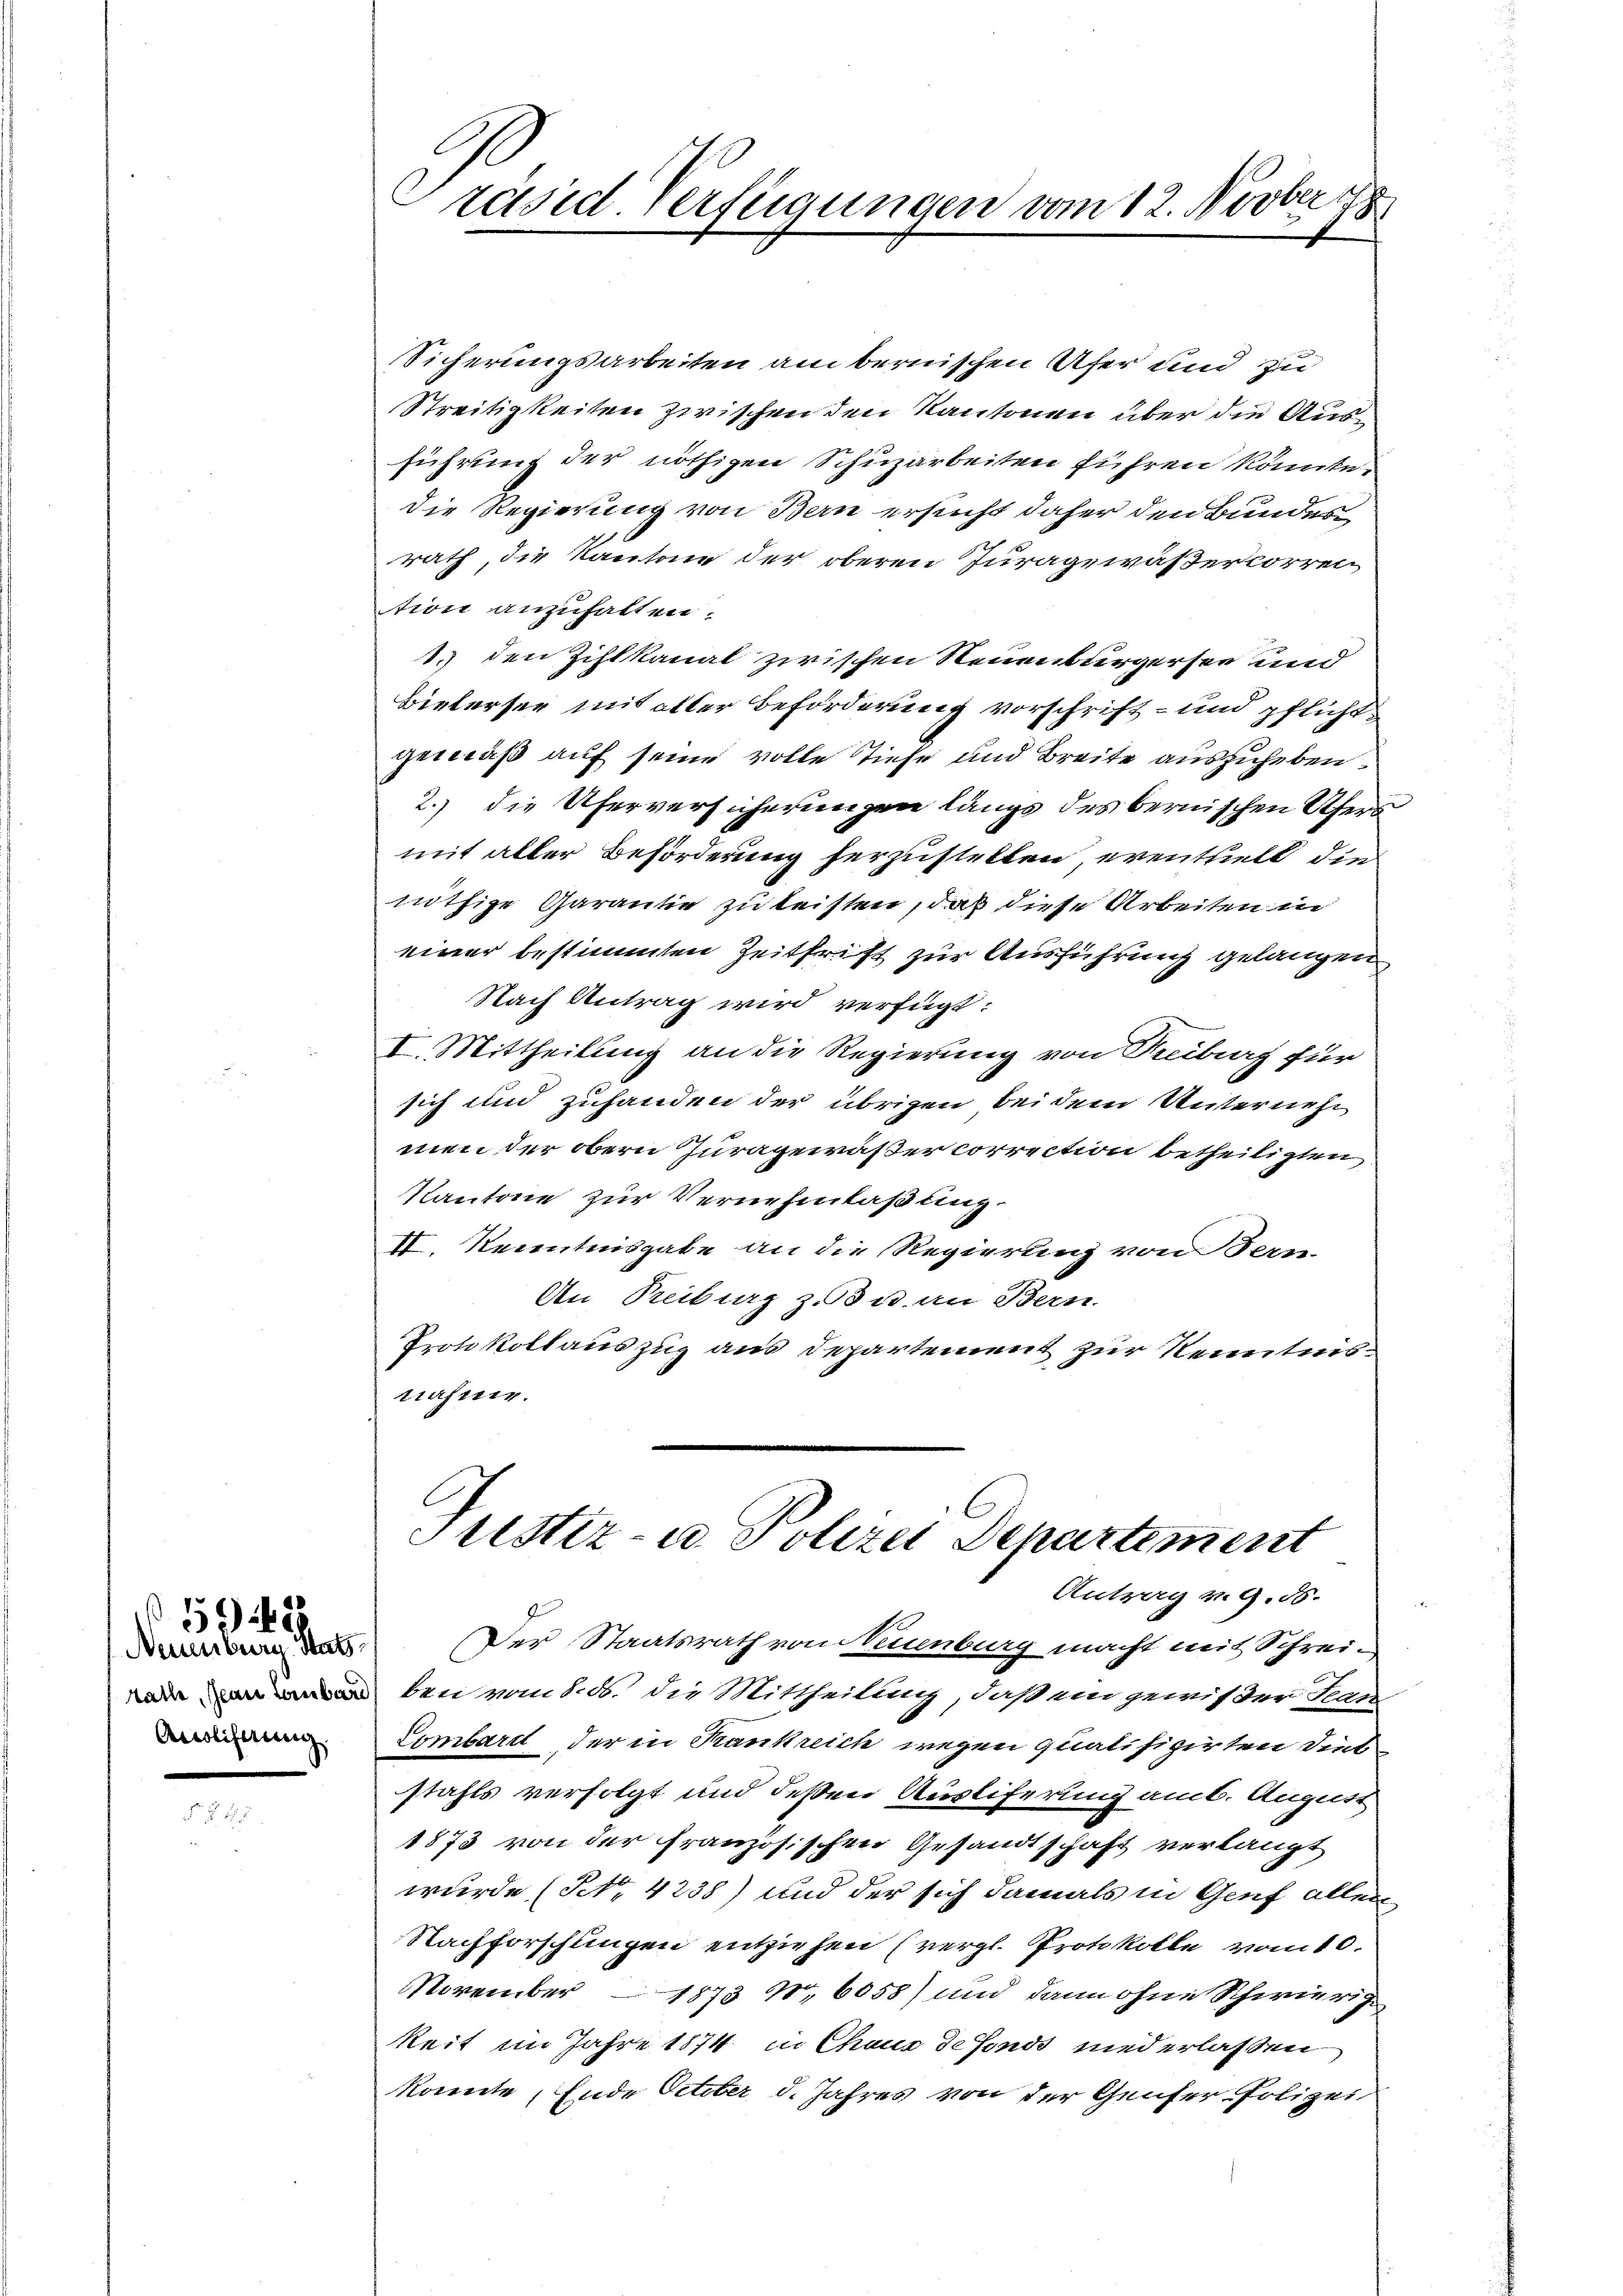
Neuenburg. Satz.
Arcoliferung

520

Sicherungsarbeiten am bernischen Ufer und zu
Streitigkeiten zwischen den Kantonen über die Ausführung der nöthigen Schuzarbeiten führen könnte.
die Regierung von Bern ersucht daher den Bundes
rath, die Kantone der oberen Juragewäßerlorren
tion anzuhalten.
1.) den Zihlkanal zwischen Neuenburgersee und
Bielersee mit aller Beförderung vorschrift- und pflicht
gemäß auf seine volle Tiefe und Breite auszuheben.
2.) die Uferversicherungen längs des bernischen Ufers
mit aller Beförderung herzustellen, eventhielt die
nöthige Garantie zu leisten, daß diese Arbeiten in
einer bestimmten Zeitfrist zur Ausführung gelangen
Nach Antrag wird verfügt:
I. Mittheilung an die Regierung von Reiburg für
sich und zuhanden der übrigen bei dem Unternehm
men der obern Juragewäßer correction betheiligten
Kantone zur Vernehmlaßung
II. Kenntnisgabe an die Regierung von Bern-
An Reiburg z. u. an Bern.
Protokollauszug aus Departement zur Kenntnistafner.

Präsid. Verfügungen vom 12. Novber 178

Justiz- u Polizei Departement
Antrag v. 9. 56.
Der Staatsrath von Neuenburg macht mit Schrei¬

node bei vom 8. B. die Mittheilung, daß ein gewißer Jean-
Lombard der in Krankreich wegen qualifizirten Diebstahls verfolgt und deßen Ausliferung amt. August
1873 von der französischen Gesandtschaft verlangt
wurde (Nr. 4238) und der sich damals in Genf allen
Nachforschungen entziehen (vergl. Protokolle vom 10.
November 1873 n. 6058) und dann ohne Schwierig
keit im Jahre 1874 in Chaus de fonds niederlassen
konnte, Ende October d. Jahres von der Genfer Polizei